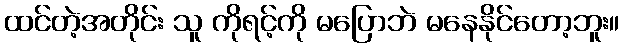
ထင်တဲ့အတိုင်း သူ ကိုရင့်ကို မပြောဘဲ မနေနိုင်တော့ဘူး။